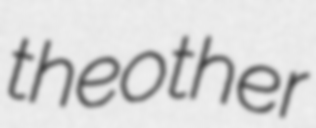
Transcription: the other